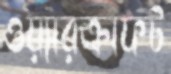
ওয়্যারক্রাফট